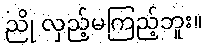
ညို လှည့်မကြည့်ဘူး။